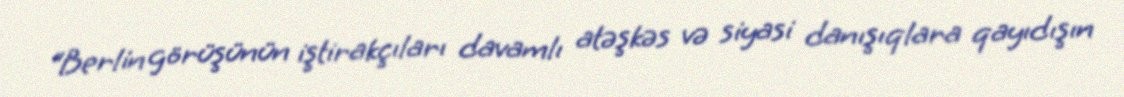
“Berlin görüşünün iştirakçıları davamlı atəşkəs və siyasi danışıqlara qayıdışın